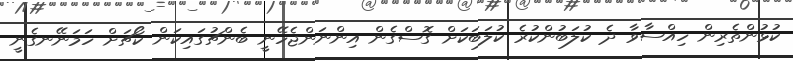
ކުޅުންތެރިން ހިއްސާވާ ދެ ކުލަބުންކުރެ ކުލަބަކަށް ގޮސްގެން އިންނަންޖެހޭނީ ބެންޗުގައިކަން ކޯޗަށް ހަމަނޭނގެނީ